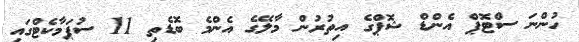
ހުންނަ ސްޓޮޕް އެންޑް ޝޮޕްގެ އިތުރުން މާލޭގެ އެންމެ ބޮޑެތި 11 ސުޕަމާކެޓްގައި